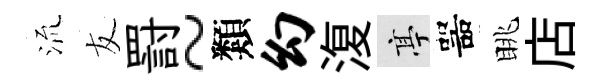
𣴑友罸~類幻𣸪亭噐眺店